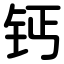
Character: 钙